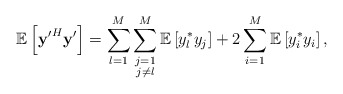
\begin{align*} \mathbb{E}\left[ \mathbf{y'}^H\mathbf{y}'\right]=\sum_{l=1}^M\sum\limits_{\substack{j=1\\j\neq l}}^M\mathbb{E}\left[y_l^* y_j\right]+2\sum_{i=1}^{M}\mathbb{E}\left[y_i^* y_i\right],\end{align*}